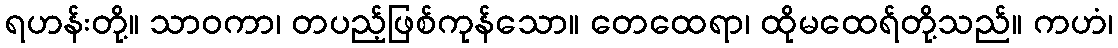
ရဟန်းတို့။ သာဝကာ၊ တပည့်ဖြစ်ကုန်သော။ တေထေရာ၊ ထိုမထေရ်တို့သည်။ ကဟံ၊